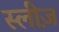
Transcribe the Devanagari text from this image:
स्लीज़